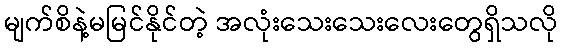
မျက်စိနဲ့မမြင်နိုင်တဲ့ အလုံးသေးသေးလေးတွေရှိသလို